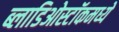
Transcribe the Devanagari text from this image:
ब्लाडिओस्टॉकमध्ये